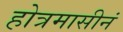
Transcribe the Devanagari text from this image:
होत्रमासीनं